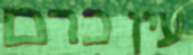
עין כרם